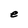
Character: e